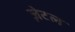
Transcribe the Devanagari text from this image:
ज़ेटल